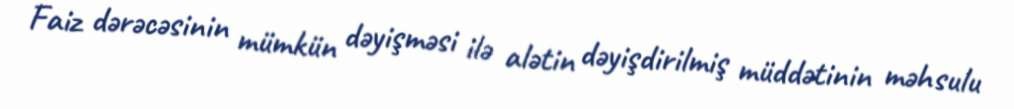
Faiz dərəcəsinin mümkün dəyişməsi ilə alətin dəyişdirilmiş müddətinin məhsulu